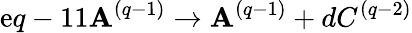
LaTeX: \mathrm{e}q-11\mathbf{A}^{(q-1)}\rightarrow\mathbf{A}^{(q-1)}+dC^{(q-2)}